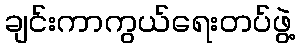
ချင်းကာကွယ်ရေးတပ်ဖွဲ့